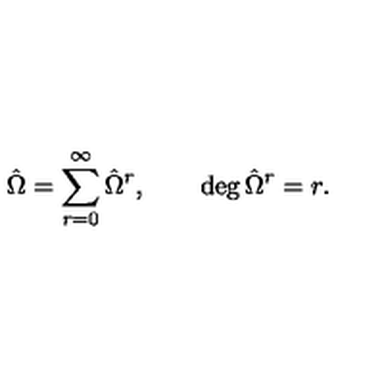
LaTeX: { \hat { \Omega } } = \sum _ { r = 0 } ^ { \infty } { \hat { \Omega } } ^ { r } , \qquad \deg { { \hat { \Omega } ^ { r } } } = r .